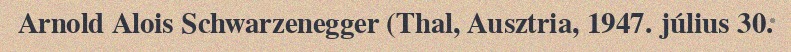
Arnold Alois Schwarzenegger (Thal, Ausztria, 1947. július 30.